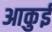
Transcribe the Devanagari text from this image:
आकुई